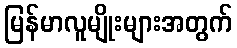
မြန်မာလူမျိုးများအတွက်